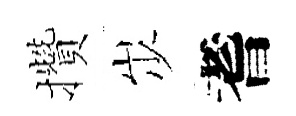
攢𡵯耆